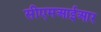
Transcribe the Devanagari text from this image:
सीएमआईआर